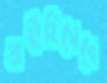
প্রার্থীহিসেবে